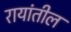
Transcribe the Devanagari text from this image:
रायांतील